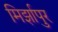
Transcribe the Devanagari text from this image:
मिर्झापुर